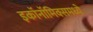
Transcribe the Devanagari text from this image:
इकाॅनाॅमिक्समध्ये